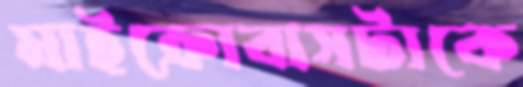
মাইক্রোবাসটাকে